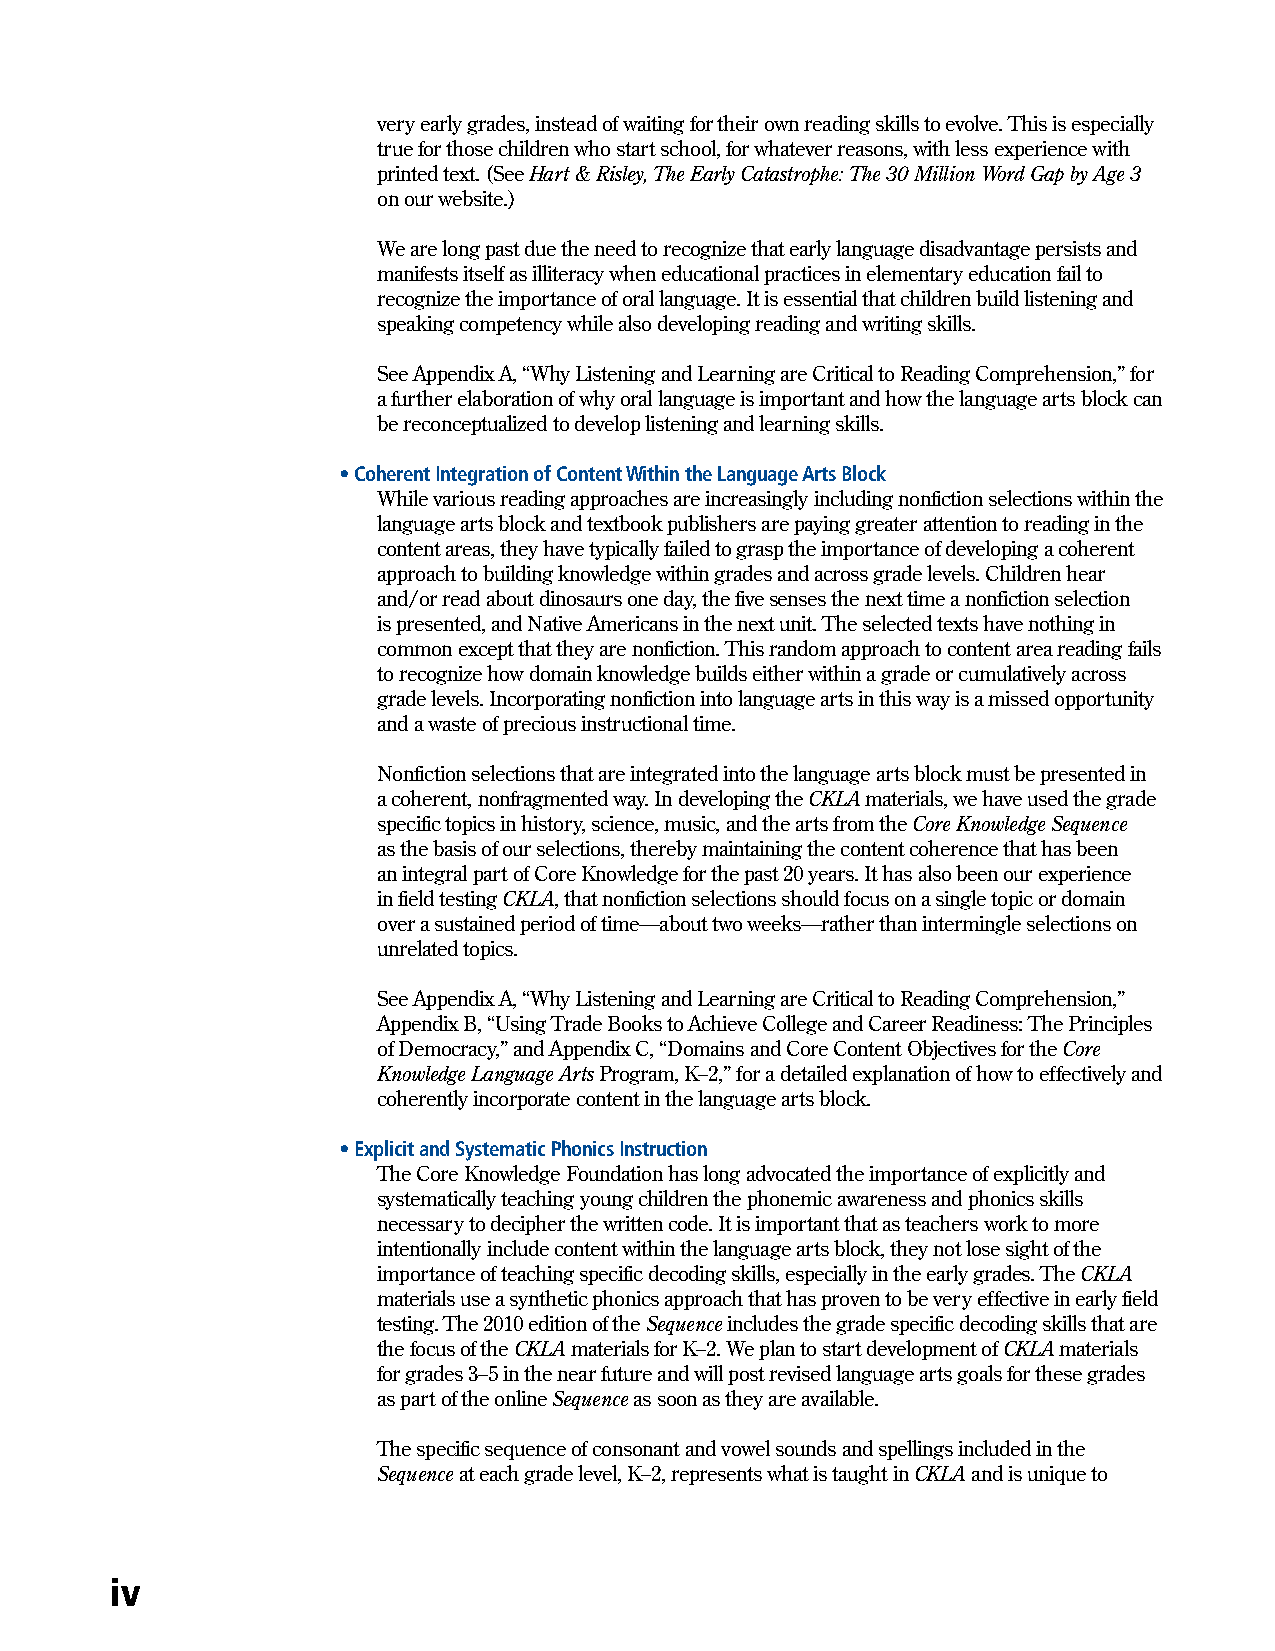
very early grades, instead of waiting for their own reading skills to evolve. This is especially
 true for those children who start school, for whatever reasons, with less experience with
 printed text. (See Hart & Risley, The Early Catastrophe: The 30 Million Word Gap by Age 3
 on our website.)
 We are long past due the need to recognize that early language disadvantage persists and
 manifests itself as illiteracy when educational practices in elementary education fail to
 recognize the importance of oral language. It is essential that children build listening and
 speaking competency while also developing reading and writing skills.
 See Appendix A, “Why Listening and Learning are Critical to Reading Comprehension,” for
 a further elaboration of why oral language is important and how the language arts block can
 be reconceptualized to develop listening and learning skills.
 • Coherent Integration of Content Within the Language Arts Block
 While various reading approaches are increasingly including nonfiction selections within the
 language arts block and textbook publishers are paying greater attention to reading in the
 content areas, they have typically failed to grasp the importance of developing a coherent
 approach to building knowledge within grades and across grade levels. Children hear
 and/or read about dinosaurs one day, the five senses the next time a nonfiction selection
 is presented, and Native Americans in the next unit. The selected texts have nothing in
 common except that they are nonfiction. This random approach to content area reading fails
 to recognize how domain knowledge builds either within a grade or cumulatively across
 grade levels. Incorporating nonfiction into language arts in this way is a missed opportunity
 and a waste of precious instructional time.
 Nonfiction selections that are integrated into the language arts block must be presented in
 a coherent, nonfragmented way. In developing the CKLA materials, we have used the grade
 specific topics in history, science, music, and the arts from the Core Knowledge Sequence
 as the basis of our selections, thereby maintaining the content coherence that has been
 an integral part of Core Knowledge for the past 20 years. It has also been our experience
 in field testing CKLA, that nonfiction selections should focus on a single topic or domain
 over a sustained period of time—about two weeks—rather than intermingle selections on
 unrelated topics.
 See Appendix A, “Why Listening and Learning are Critical to Reading Comprehension,”
 Appendix B, “Using Trade Books to Achieve College and Career Readiness: The Principles
 of Democracy,” and Appendix C, “Domains and Core Content Objectives for the Core
 Knowledge Language Arts Program, K–2,” for a detailed explanation of how to effectively and
 coherently incorporate content in the language arts block.
 • Explicit and Systematic Phonics Instruction
 The Core Knowledge Foundation has long advocated the importance of explicitly and
 systematically teaching young children the phonemic awareness and phonics skills
 necessary to decipher the written code. It is important that as teachers work to more
 intentionally include content within the language arts block, they not lose sight of the
 importance of teaching specific decoding skills, especially in the early grades. The CKLA
 materials use a synthetic phonics approach that has proven to be very effective in early field
 testing. The 2010 edition of the Sequence includes the grade specific decoding skills that are
 the focus of the CKLA materials for K–2. We plan to start development of CKLA materials
 for grades 3–5 in the near future and will post revised language arts goals for these grades
 as part of the online Sequence as soon as they are available.
 The specific sequence of consonant and vowel sounds and spellings included in the
 Sequence at each grade level, K–2, represents what is taught in CKLA and is unique to
 iv